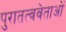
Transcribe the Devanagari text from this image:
पुरातत्ववेताओं